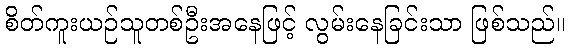
စိတ်ကူးယဉ်သူတစ်ဦးအနေဖြင့် လွမ်းနေခြင်းသာ ဖြစ်သည်။